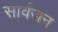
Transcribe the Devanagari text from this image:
सार्वजन